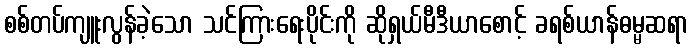
စစ်တပ်ကျူးလွန်ခဲ့သော သင်ကြားရေးပိုင်းကို ဆိုရှယ်မီဒီယာစောင့် ခရစ်ယာန်ဓမ္မဆရာ